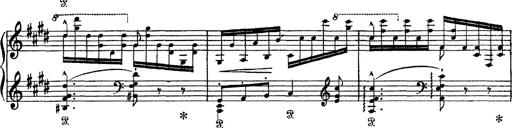
Title: Tarantelle di bravura dâ€™aprÃ¨s la tarantelle de La muette de Portici
Composer: Franz Liszt